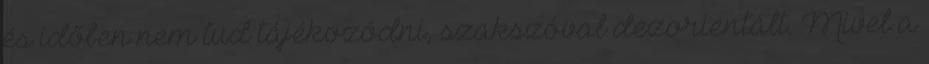
és időben nem tud tájékozódni, szakszóval dezorientált. Mivel a